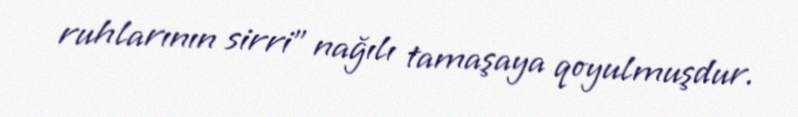
ruhlarının sirri" nağılı tamaşaya qoyulmuşdur.